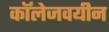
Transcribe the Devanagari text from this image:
कॉलेजवयीन